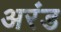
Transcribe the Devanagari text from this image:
अरंड